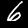
Label: 6